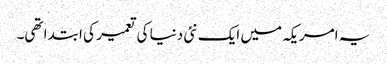
یہ امریکہ میں ایک نئی دنیا کی تعمیر کی ابتدا تھی۔